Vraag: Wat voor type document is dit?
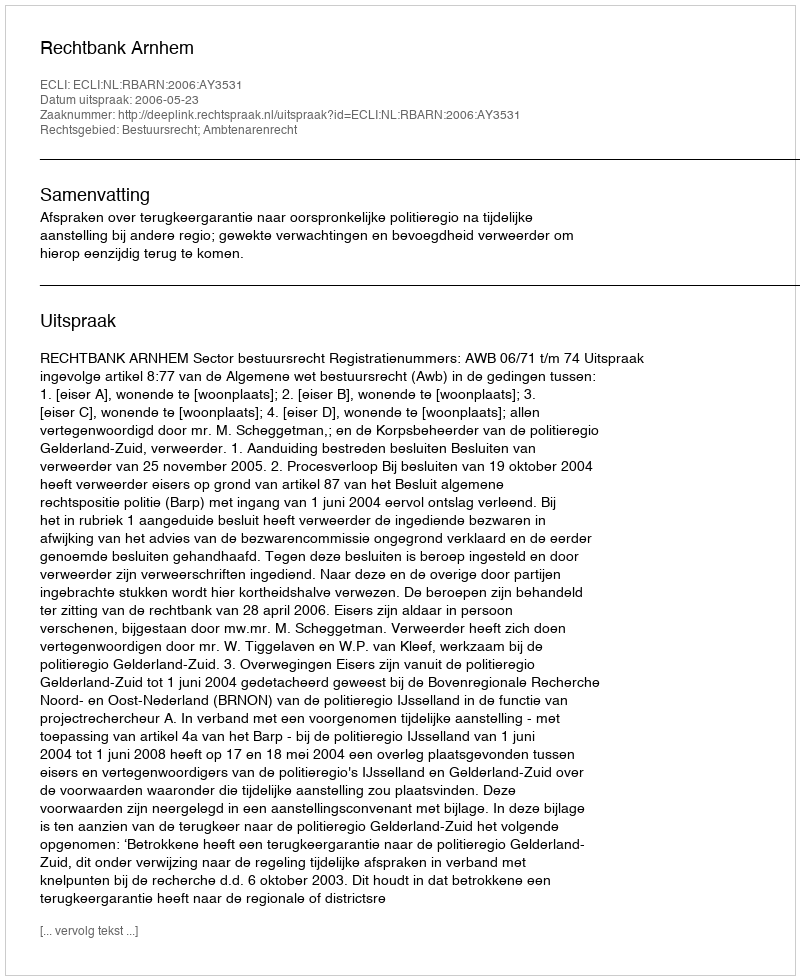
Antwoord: Uitspraak